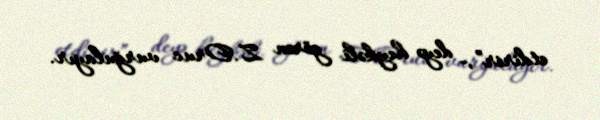
etdirir”,- deyə heykəli görən Z.Oruc vurğulayır.